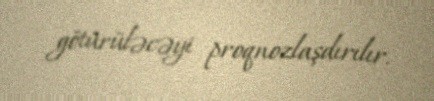
götürüləcəyi proqnozlaşdırılır.